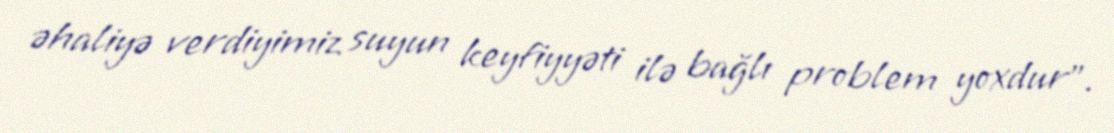
əhaliyə verdiyimiz suyun keyfiyyəti ilə bağlı problem yoxdur".